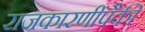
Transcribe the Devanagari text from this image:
राजकारणींपैकी